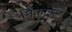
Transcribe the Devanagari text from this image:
मिकाइल